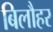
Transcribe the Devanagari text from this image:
बिलौहर